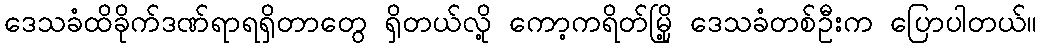
ဒေသခံထိခိုက်ဒဏ်ရာရရှိတာတွေ ရှိတယ်လို့ ကော့ကရိတ်မြို့ ဒေသခံတစ်ဦးက ပြောပါတယ်။